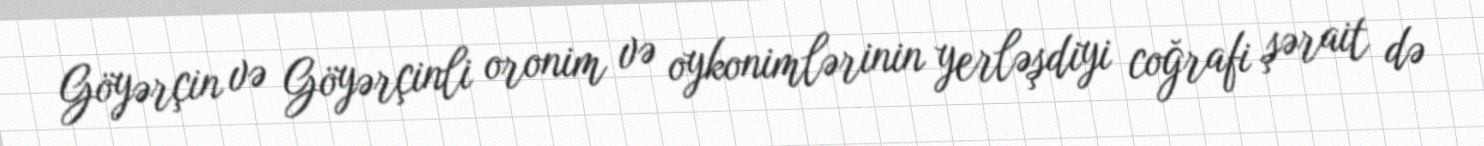
Göyərçin və Göyərçinli oronim və oykonimlərinin yerləşdiyi coğrafi şərait də